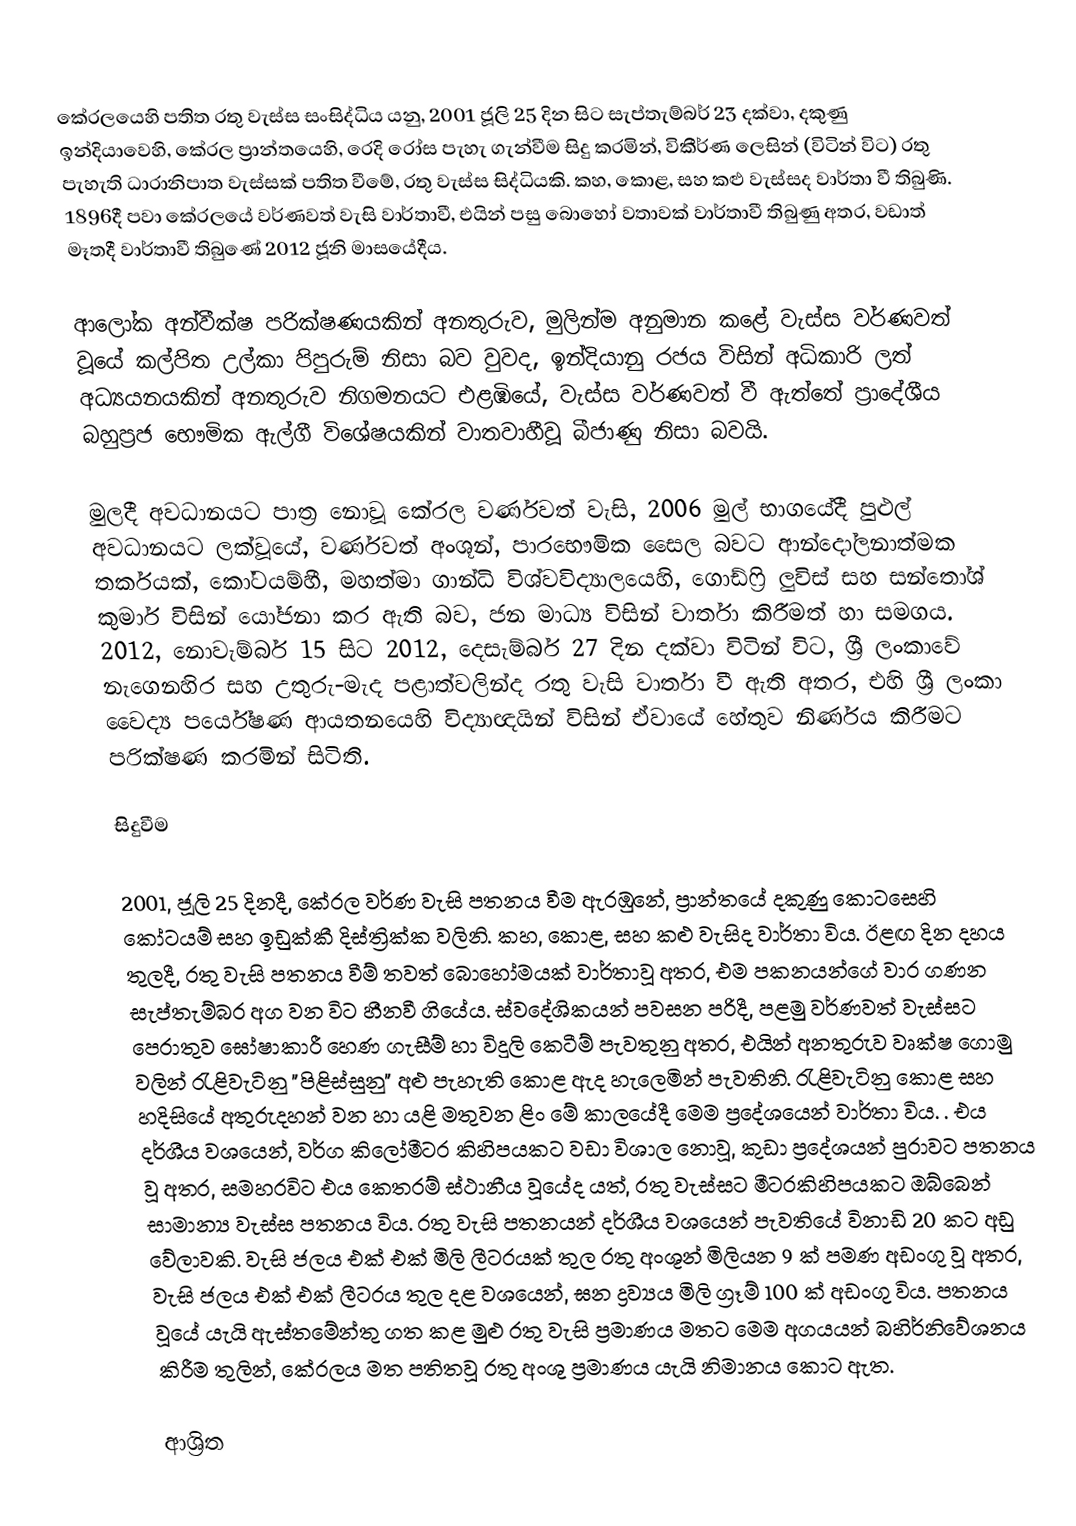
කේරලයෙහි පතිත රතු වැස්ස  සංසිද්ධිය යනු, 2001 ජූලි 25 දින සිට සැප්තැම්බර් 23 දක්වා, දකුණු ඉන්දියාවෙහි, කේරල ප්‍රාන්තයෙහි,  රෙදි රෝස පැහැ ගැන්වීම සිදු කරමින්,   විකීර්ණ ලෙසින් (විටින් විට) රතු පැහැති ධාරානිපාත වැස්සක් පතිත වීමේ,  රතු වැස්ස  සිද්ධියකි.  කහ, කොළ, සහ කළු වැස්සද වාර්තා වී තිබුණි.  1896දී පවා කේරලයේ වර්ණවත් වැසි වාර්තාවී, එයින් පසු බොහෝ වතාවක් වාර්තාවී තිබුණු අතර, වඩාත් මෑතදී වාර්තාවී තිබුණේ  2012 ජූනි මාසයේදීය.

ආලෝක අන්වීක්ෂ පරික්ෂණයකින් අනතුරුව, මුලින්ම අනුමාන කළේ වැස්ස වර්ණවත් වූයේ කල්පිත උල්කා පිපුරුම් නිසා බව වුවද, ඉන්දියානු රජය විසින් අධිකාරි ලත් අධ්‍යයනයකින් අනතුරුව නිගමනයට එළඹියේ, වැස්ස වර්ණවත් වී ඇත්තේ ප්‍රාදේශීය බහුප්‍රජ භෞමික ඇල්ගී විශේෂයකින් වාතවාහීවූ බීජාණු නිසා බවයි.

මුලදී අවධානයට පාත්‍ර නොවූ කේරල වර්ණවත් වැසි, 2006 මුල් භාගයේදී පුළුල් අවධානයට ලක්වූයේ, වර්ණවත් අංශූන්,  පාරභෞමික සෛල බවට ආන්දෝලනාත්මක තර්කයක්, කෝටයම්හී, මහත්මා ගාන්ධි විශ්වවිද්‍යාලයෙහි, ගොඩ්ෆ්‍රි ලුවිස්  සහ සන්තෝශ් කුමාර් විසින් යෝජනා කර ඇති බව,  ජන මාධ්‍ය විසින් වාර්තා කිරීමත් හා සමගය.   2012, නොවැම්බර් 15 සිට 2012, දෙසැම්බර් 27 දින දක්වා විටින් විට, ශ්‍රී ලංකාවේ නැගෙනහිර සහ උතුරු-මැද පළාත්වලින්ද රතු වැසි වාර්තා වී ඇති අතර, එහි ශ්‍රී ලංකා වෛද්‍ය පර්යේෂණ ආයතනයෙහි විද්‍යාඥයින් විසින් ඒවායේ හේතුව නිර්ණය කිරීමට පරික්ෂණ කරමින් සිටිති.

සිදුවීම

2001, ජූලි 25 දිනදී, කේරල වර්ණ වැසි පතනය වීම ඇරඹුනේ, ප්‍රාන්තයේ දකුණු කොටසෙහි කෝටයම් සහ ඉඩුක්කී දිස්ත්‍රික්ක වලිනි. කහ, කොළ, සහ කළු වැසිද වාර්තා විය.  ඊළඟ දින දහය තුලදී, රතු වැසි පතනය වීම් තවත් බොහෝමයක් වාර්තාවූ අතර, එම පකනයන්ගේ වාර ගණන සැප්තැම්බර අග වන විට හීනවී ගියේය.  ස්වදේශිකයන් පවසන පරිදී, පළමු වර්ණවත් වැස්සට පෙරාතුව ඝෝෂාකාරී හෙණ ගැසීම්  හා විදුලි කෙටීම් පැවතුනු අතර, එයින් අනතුරුව  වෘක්ෂ ගොමු වලින් රැළිවැටිනු  "පිළිස්සුනු" අළු පැහැති කොළ ඇද හැලෙමින් පැවතිනි. රැළිවැටිනු කොළ සහ  හදිසියේ අතුරුදහන් වන හා යළි මතුවන ළිං මේ කාලයේදී මෙම ප්‍රදේශයෙන් වාර්තා විය. .    එය දර්ශීය වශයෙන්, වර්ග කිලෝමීටර කිහිපයකට වඩා විශාල නොවූ, කුඩා ප්‍රදේශයන් පුරාවට පතනය වූ අතර, සමහරවිට එය කෙතරම් ස්ථානීය වූයේද යත්, රතු වැස්සට මීටරකිහිපයකට ඔබ්බෙන් සාමාන්‍ය වැස්ස පතනය විය. රතු වැසි පතනයන් දර්ශීය වශයෙන් පැවතියේ විනාඩි 20 කට අඩු වේලාවකි.  වැසි ජලය එක් එක්  මිලි ලීටරයක් තුල  රතු අංශූන් මිලියන 9 ක් පමණ අඩංගු වූ අතර, වැසි ජලය එක් එක්  ලීටරය තුල දළ වශයෙන්, ඝන ද්‍රව්‍යය  මිලි ග්‍රෑම් 100 ක් අඩංගු විය. පතනය වූයේ  යැයි ඇස්තමේන්තු ගත කළ මුළු රතු වැසි ප්‍රමාණය මතට මෙම අගයයන් බහිර්නිවේශනය කිරීම තුලින්, කේරලය මත පතිතවූ රතු අංශු ප්‍රමාණය    යැයි නිමානය කොට ඇත.

ආශ්‍රිත